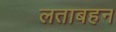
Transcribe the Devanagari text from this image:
लताबहन